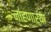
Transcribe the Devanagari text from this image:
नाहणाऱ्या